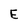
Character: E